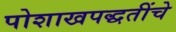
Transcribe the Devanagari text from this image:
पोशाखपद्धतींचे